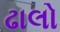
ઢાલો